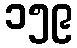
၁၅၉